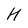
Character: H